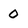
Character: 0